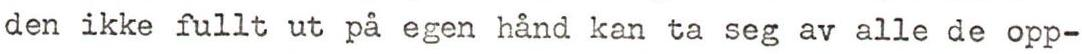
den ikke fullt ut på egen hånd kan ta seg av alle de opp-